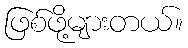
ဖြစ်ဖို့များတယ်။